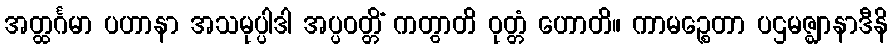
အတ္ထင်္ဂမာ ပဟာနာ အသမုပ္ပါဒါ အပ္ပဝတ္တိံ ကတွာတိ ဝုတ္တံ ဟောတိ။ ကာမဉ္စေတာ ပဌမဇ္ဈာနာဒီနိ